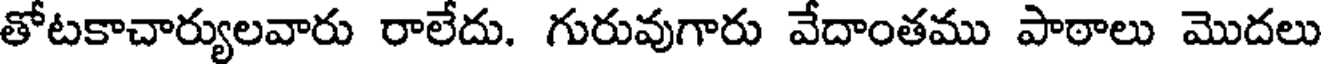
తోటకాచార్యులవారు రాలేదు. గురువుగారు వేదాంతము పాఠాలు మొదలు